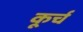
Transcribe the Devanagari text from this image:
कूर्च